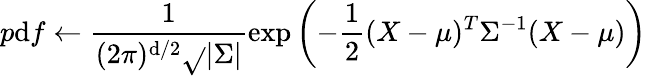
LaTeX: p\mathrm{d}f\leftarrow\frac{{1}}{{(2\pi)^{\mathrm{d}/2}\sqrt{}{{|\Sigma|}}}}\exp\left(-\frac{{1}}{{2}}(X-\mu)^{T}\Sigma^{-1}(X-\mu)\right)